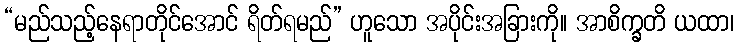
“မည်သည့်နေရာတိုင်အောင် ရိတ်ရမည်” ဟူသော အပိုင်းအခြားကို။ အာစိက္ခတိ ယထာ၊